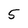
Character: 5